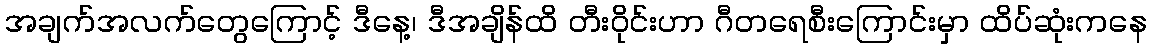
အချက်အလက်တွေကြောင့် ဒီနေ့၊ ဒီအချိန်ထိ တီးဝိုင်းဟာ ဂီတရေစီးကြောင်းမှာ ထိပ်ဆုံးကနေ